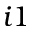
i 1